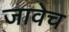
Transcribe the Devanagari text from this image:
जावेच